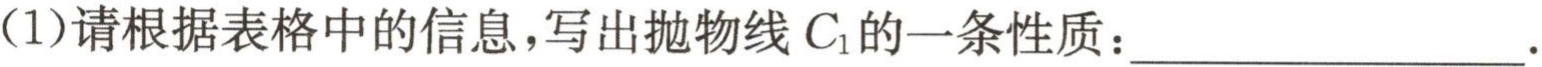
(1)请根据表格中的信息，写出抛物线\(C_{1}\)的一条性质：____________________.